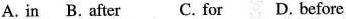
A.in B. After C. For D. Before